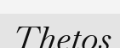
Thetos